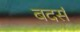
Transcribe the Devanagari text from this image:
बदर्स